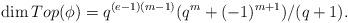
LaTeX: \begin{align*}\dim Top(\phi)=q^{(e-1)(m-1)}(q^m+(-1)^{m+1})/(q+1).\end{align*}